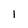
Character: 1